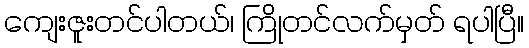
ကျေးဇူးတင်ပါတယ်၊ ကြိုတင်လက်မှတ် ရပါပြီ။